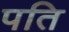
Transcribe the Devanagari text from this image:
पति